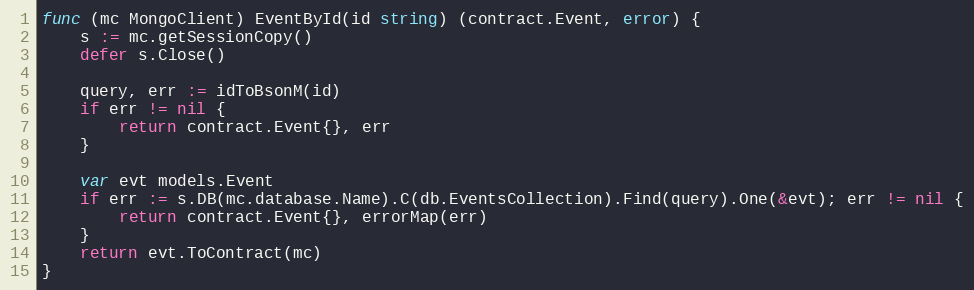
Language: Go
func (mc MongoClient) EventById(id string) (contract.Event, error) {
	s := mc.getSessionCopy()
	defer s.Close()

	query, err := idToBsonM(id)
	if err != nil {
		return contract.Event{}, err
	}

	var evt models.Event
	if err := s.DB(mc.database.Name).C(db.EventsCollection).Find(query).One(&evt); err != nil {
		return contract.Event{}, errorMap(err)
	}
	return evt.ToContract(mc)
}